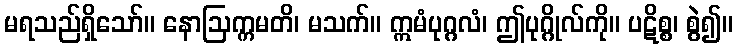
မရသည်ရှိသော်။ နောဩက္ကမတိ၊ မသက်။ ဣမံပုဂ္ဂလံ၊ ဤပုဂ္ဂိုလ်ကို။ ပဋိစ္စ၊ စွဲ၍။